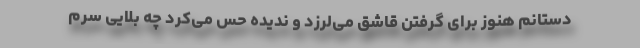
دستانم هنوز برای گرفتن قاشق می‌لرزد و ندیده حس می‌کرد چه بلایی سرم